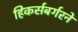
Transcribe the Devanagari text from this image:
हिकर्सबर्गरने